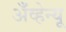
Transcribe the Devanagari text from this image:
अँव्हेन्यू